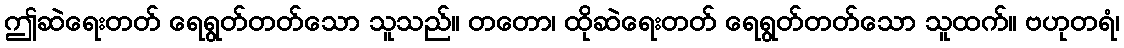
ဤဆဲရေးတတ် ရေရွတ်တတ်သော သူသည်။ တတော၊ ထိုဆဲရေးတတ် ရေရွတ်တတ်သော သူထက်။ ဗဟုတရံ၊